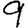
Digit: 9